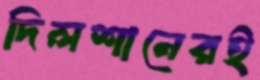
দিলশানেরই